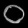
Digit: ၀